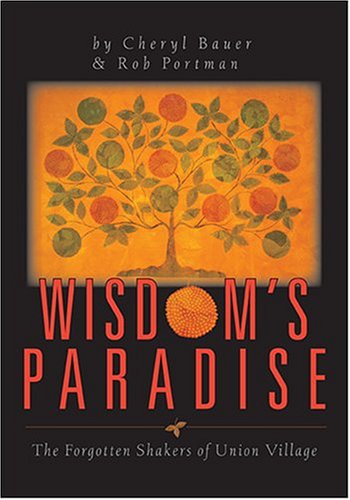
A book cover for Wisdom's Paradise: The Forgotten Shaker's of Union Village; Robert Portman; Christian Books & Bibles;